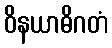
ဝိနယာဓိဂတံ